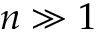
n \gg 1